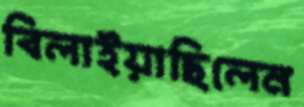
বিলাইয়াছিলেন